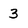
Character: 3